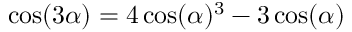
\cos ( 3 \alpha ) = 4 \cos ( \alpha ) ^ { 3 } - 3 \cos ( \alpha )